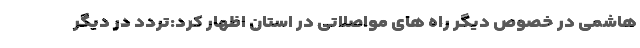
هاشمی در خصوص دیگر راه های مواصلاتی در استان اظهار کرد:تردد در دیگر